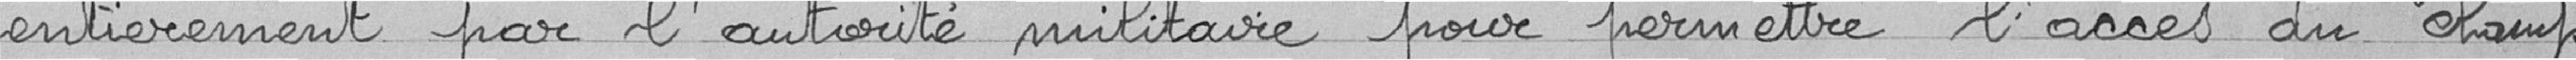
entièrement par l'autorité militaire pour permettre l'accès du champ